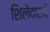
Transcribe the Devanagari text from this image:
शिलेदाराचे